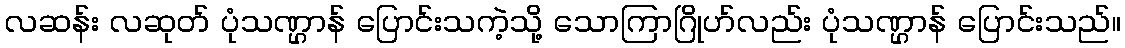
လဆန်း လဆုတ် ပုံသဏ္ဌာန် ပြောင်းသကဲ့သို့ သောကြာဂြိုဟ်လည်း ပုံသဏ္ဌာန် ပြောင်းသည်။